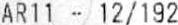
AR11 - 12/192